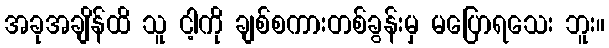
အခုအချိန်ထိ သူ ငါ့ကို ချစ်စကားတစ်ခွန်းမှ မပြောရသေး ဘူး။